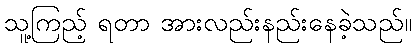
သူ့ကြည့် ရတာ အားလည်းနည်းနေခဲ့သည်။